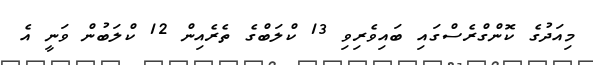
މިއަދުގެ ކޮންގްރެސްގައި ބައިވެރިވި 13 ކްލަބްގެ ތެރެއިން 12 ކްލަބުން ވަނީ އެ